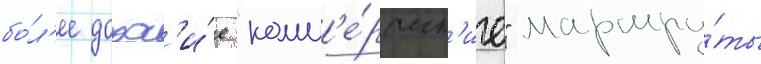
бо́л'ее дорог'и́е "комм'е́рческ'ие" маршру́ты